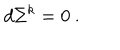
LaTeX: d \Sigma ^ { k } = 0 \ .